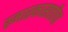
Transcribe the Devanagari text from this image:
स्मारकासाठीचा